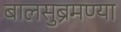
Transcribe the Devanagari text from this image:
बालसुब्रमण्या